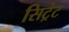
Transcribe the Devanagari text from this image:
सिट्रेट